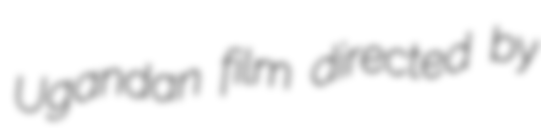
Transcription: Ugandan film directed by